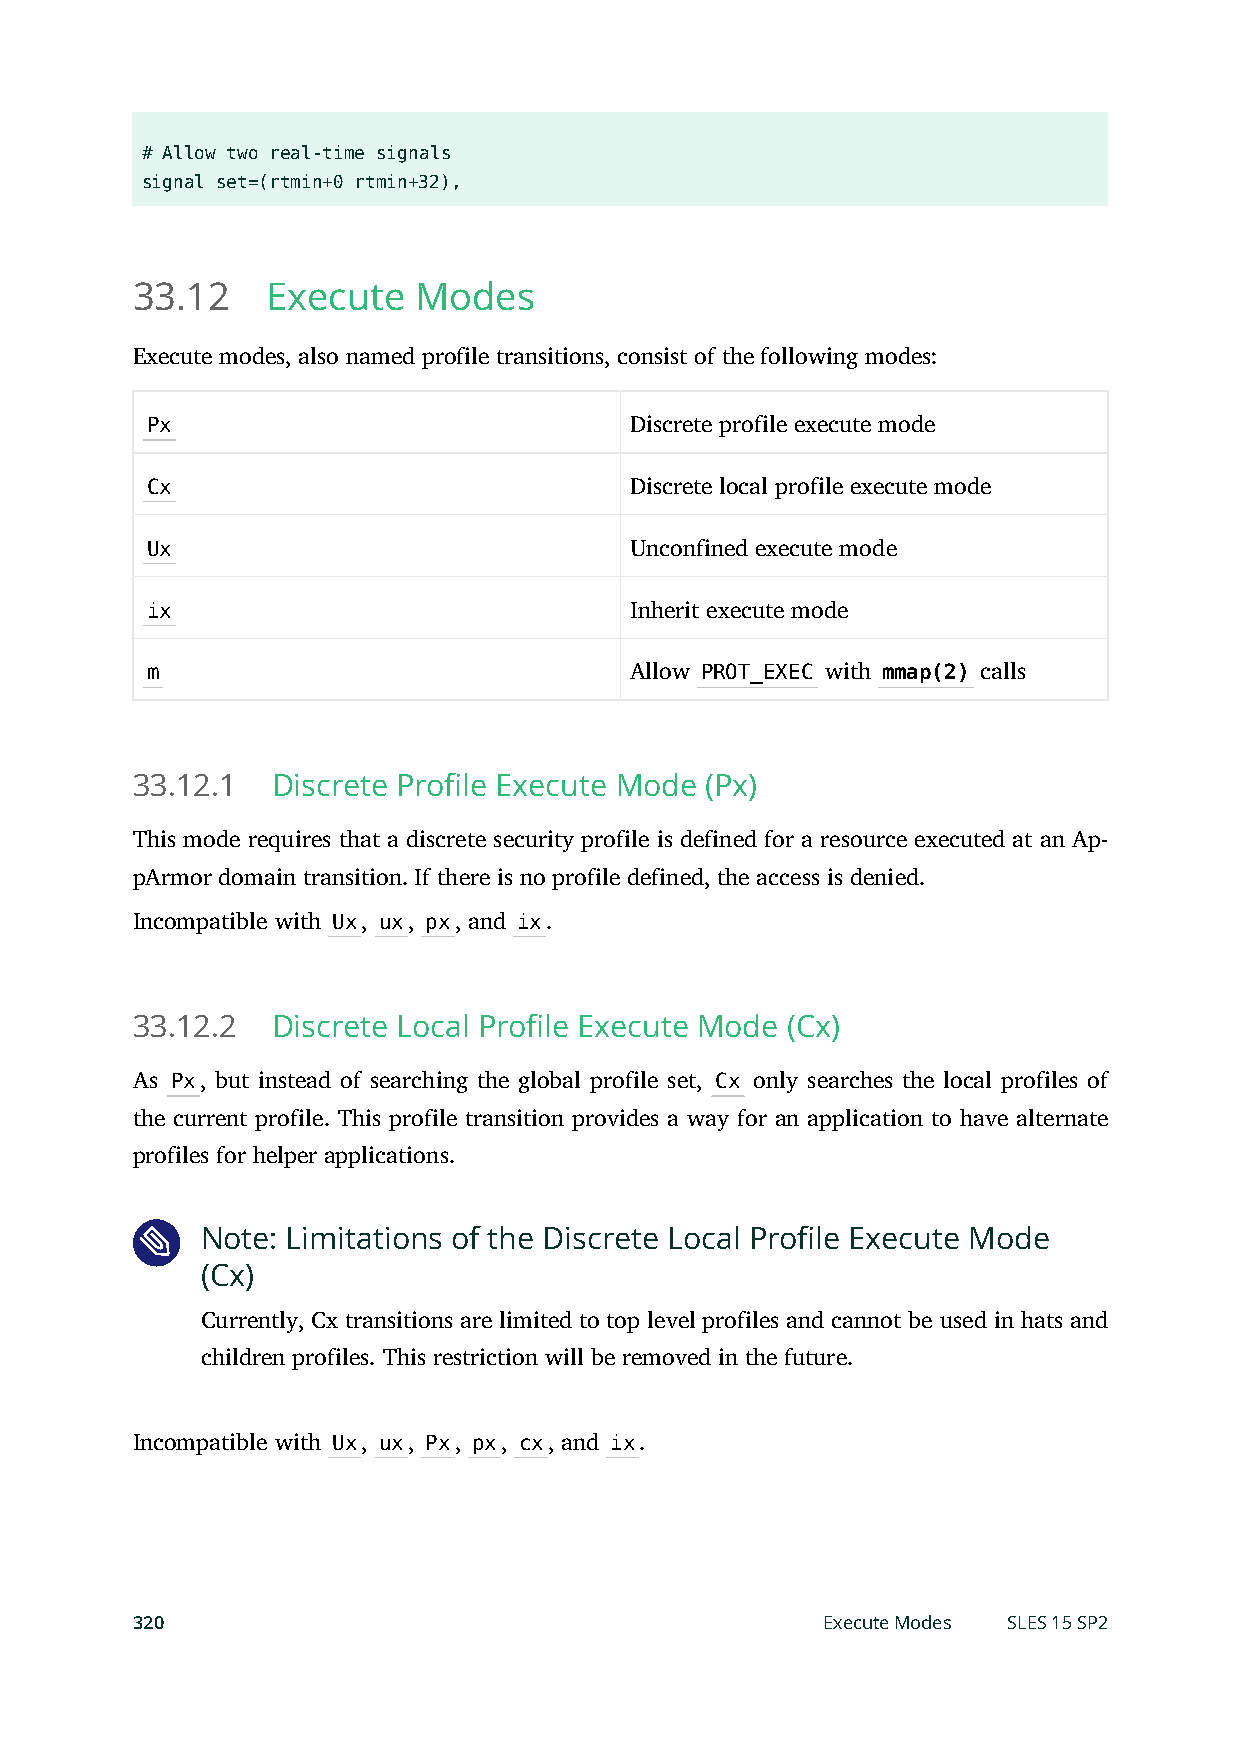
# Allow two real-time signals
 signal set=(rtmin+0 rtmin+32),
 33.12    Execute  Modes
 Execute modes, also named profile transitions, consist of the following modes:
 Px                              Discrete profile execute mode
 Cx                              Discrete local profile execute mode
 Ux                              Unconfined execute mode
 ix                              Inherit execute mode
 m                               Allow PROT_EXEC with mmap(2) calls
 33.12.1  Discrete Profile Execute Mode (Px)
 This mode requires that a discrete security profile is defined for a resource executed at an Ap-
 pArmor domain transition. If there is no profile defined, the access is denied.
 Incompatible with Ux, ux, px, and ix.
 33.12.2  Discrete Local Profile Execute Mode (Cx)
 As Px, but instead of searching the global profile set, Cx only searches the local profiles of
 the current profile. This profile transition provides a way for an application to have alternate
 profiles for helper applications.
 Note: Limitations of the Discrete Local Profile Execute Mode
 (Cx)
 Currently, Cx transitions are limited to top level profiles and cannot be used in hats and
 children profiles. This restriction will be removed in the future.
 Incompatible with Ux, ux, Px, px, cx, and ix.
 320                                          Execute Modes SLES 15 SP2